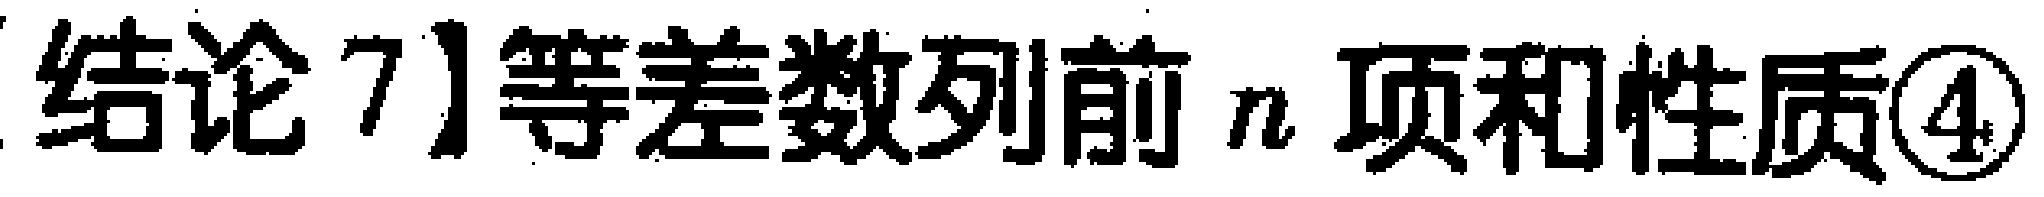
结论7]等差数列前\(n\)项和性质\textcircled{4}